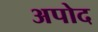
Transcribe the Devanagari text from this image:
अपोद